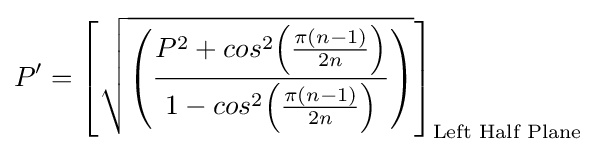
P'=\left[{\sqrt {\left({\frac {P^{2}+cos^{2}{\Bigl (}{\frac {\pi (n-1)}{2n}}{\Bigl )}}{1-{cos^{2}{\Bigl (}{\frac {\pi (n-1)}{2n}}{\Bigl )}}}}\right)}}\right]_{\text{Left Half Plane }}